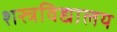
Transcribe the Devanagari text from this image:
शस्त्रविद्यालय